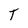
Character: T